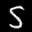
Label: 5